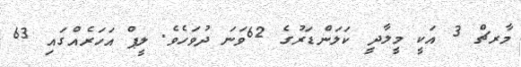
މާރޗް 3 އަކީ މީލާދީ ކަލަންޑަރުގެ 62ވަނަ ދުވަހެވެ. ލީޕް އަހަރެއްގައި 63